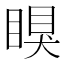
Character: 瞁